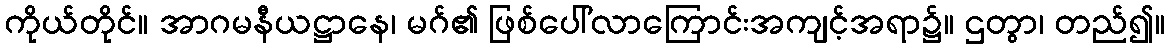
ကိုယ်တိုင်။ အာဂမနီယဋ္ဌာနေ၊ မဂ်၏ ဖြစ်ပေါ်လာကြောင်းအကျင့်အရာ၌။ ဌတွာ၊ တည်၍။